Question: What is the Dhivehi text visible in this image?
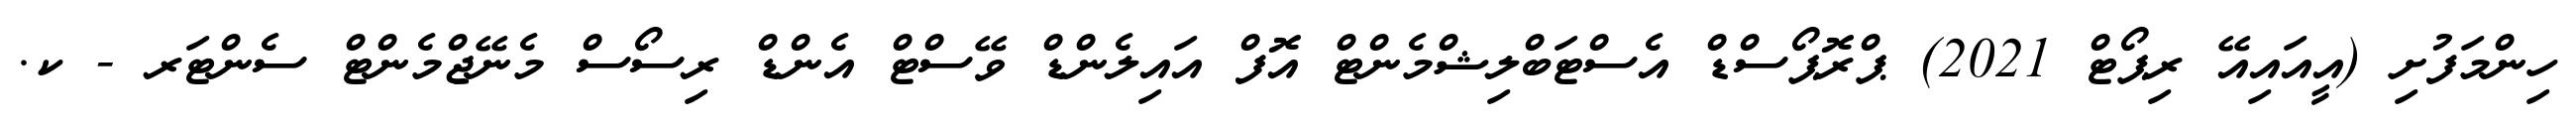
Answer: ހިންމަފުށި (އީއައިއޭ ރިޕޯޓް 2021) ޕްރޮޕޯސްޑް އެސްޓަބްލިޝްމެންޓް އޮފް އައިލެންޑް ވޭސްޓް އެންޑް ރިސޯސް މެނޭޖްމެންޓް ސެންޓަރ - ކ.